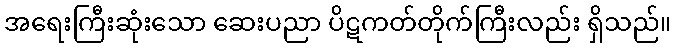
အရေးကြီးဆုံးသော ဆေးပညာ ပိဋကတ်တိုက်ကြီးလည်း ရှိသည်။